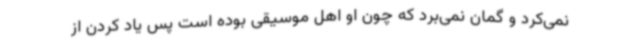
نمی‌کرد و گمان نمی‌برد که چون او اهل موسیقی بوده است پس یاد کردن از